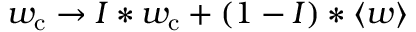
w _ { \mathrm { c } } \rightarrow I * w _ { \mathrm { c } } + ( 1 - I ) * \langle w \rangle